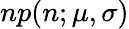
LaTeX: np(n;\mu,\sigma)